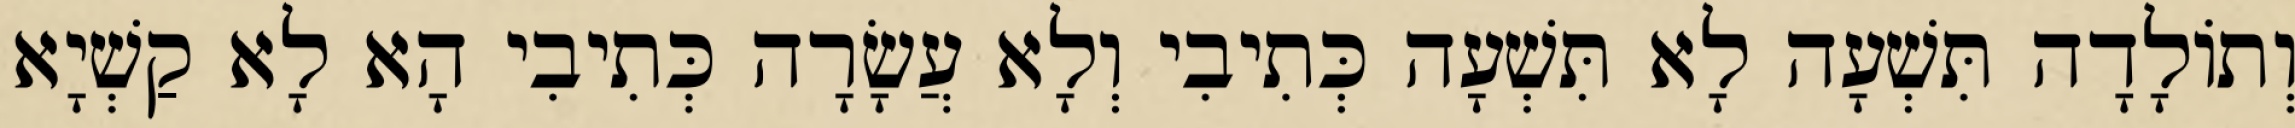
וְתוֹלָדָה תִּשְׁעָה לָא תִּשְׁעָה כְּתִיבִי וְלָא עֲשָׂרָה כְּתִיבִי הָא לָא קַשְׁיָא